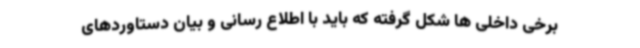
برخی داخلی ها شکل گرفته که باید با اطلاع رسانی و بیان دستاوردهای